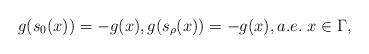
LaTeX: \begin{align*}g(s_{0}(x))=-g(x),g(s_{\rho}(x))=-g(x),a.e.\ x\in\Gamma,\end{align*}